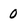
Character: 0